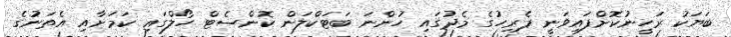
ބަޔަކު ރަހީނުކޮށްފައިވަނީ ޕެރިހުގެ މެދުގައި ހުންނަ ބަޓަކްލަން ކޮންސެޓް ހޯލްގައި ކަމަށާއި އެތަނުގެ